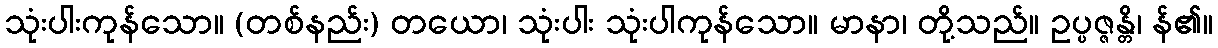
သုံးပါးကုန်သော။ (တစ်နည်း) တယော၊ သုံးပါး သုံးပါကုန်သော။ မာနာ၊ တို့သည်။ ဥပ္ပဇ္ဇန္တိ၊ န်၏။